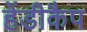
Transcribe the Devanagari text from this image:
हेंडीकैप